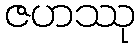
ဇဟဿု